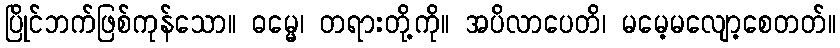
ပြိုင်ဘက်ဖြစ်ကုန်သော။ ဓမ္မေ၊ တရားတို့ကို။ အပိလာပေတိ၊ မမေ့မလျော့စေတတ်။